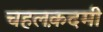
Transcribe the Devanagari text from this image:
चहलक़दमी